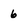
Character: 6